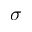
\sigma